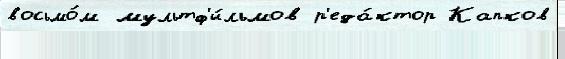
восьмо́м мультф'и́льмов р'еда́ктор Капков